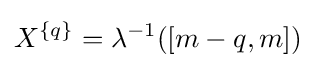
X^{\{q\}}=\lambda ^{-1}([m-q,m])